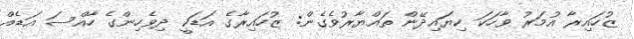
ޒުހައިރާ އުމަރު ވާހަކަ ކިޔަައިދޭން ތައްޔާރުވެގެން: ޒުހައިރާގެ އަޑަކީ ދިވެހިންގެ ހާއްސަ އަޑެއް